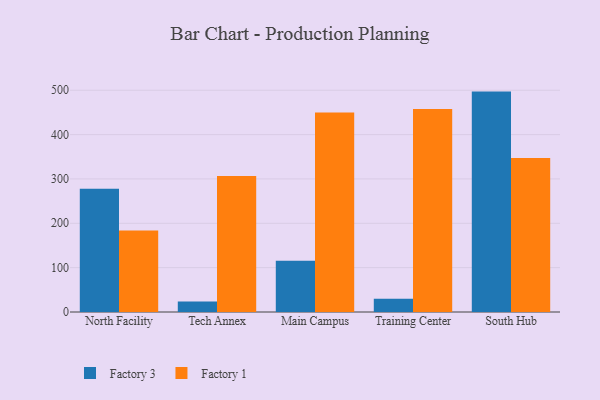
{"axis": {"x": "Campus", "y": "LTV (USD)"}, "legend": ["Factory 1", "Factory 3"], "data": [{"x": "North Facility", "y": 277.9, "type": "Factory 3"}, {"x": "North Facility", "y": 183.9, "type": "Factory 1"}, {"x": "Tech Annex", "y": 23.6, "type": "Factory 3"}, {"x": "Tech Annex", "y": 306.6, "type": "Factory 1"}, {"x": "Main Campus", "y": 115.4, "type": "Factory 3"}, {"x": "Main Campus", "y": 449.6, "type": "Factory 1"}, {"x": "Training Center", "y": 29.7, "type": "Factory 3"}, {"x": "Training Center", "y": 457.5, "type": "Factory 1"}, {"x": "South Hub", "y": 496.9, "type": "Factory 3"}, {"x": "South Hub", "y": 347.4, "type": "Factory 1"}]}